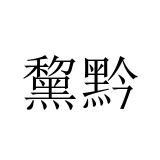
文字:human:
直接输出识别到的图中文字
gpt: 黧黔